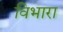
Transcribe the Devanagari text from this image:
विभारा